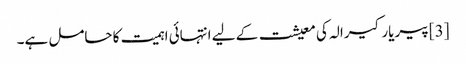
[3] پیریار کیرالہ کی معیشت کے لیے انتہائی اہمیت کا حامل ہے۔